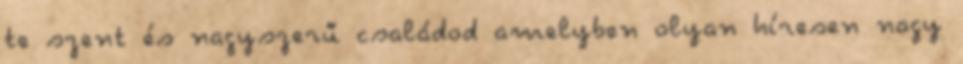
te szent és nagyszerű családod amelyben olyan híresen nagy